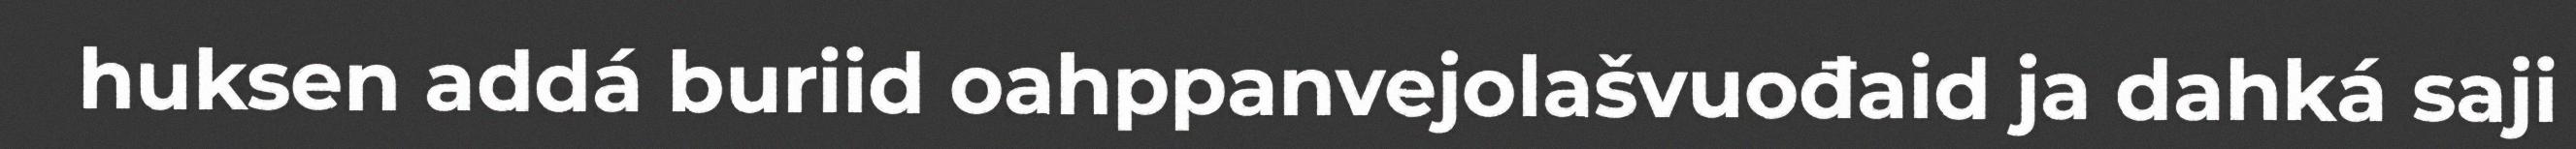
huksen addá buriid oahppanvejolašvuođaid ja dahká saji